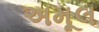
અમૂલ